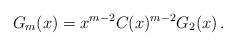
LaTeX: \begin{align*}G_m(x)=x^{m-2}C(x)^{m-2}G_2(x)\,.\end{align*}